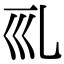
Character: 𠃞